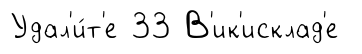
Удал'и́т'е 33 В'ик'исклад'е